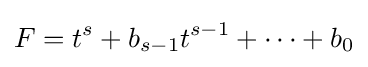
F=t^{s}+b_{s-1}t^{s-1}+\dots +b_{0}